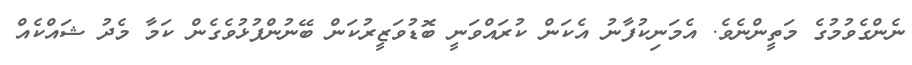
ނެންގެވުމުގެ މަތީންނެވެ. އެމަނިކުފާނު އެކަން ކުރައްވަނީ ބޮޑުވަޒީރުކަން ބޭނުންފުޅުވެގެން ކަމާ މެދު ޝައްކެއް